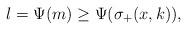
LaTeX: \begin{align*}l = \Psi(m) \geq \Psi(\sigma_+(x,k)),\end{align*}